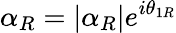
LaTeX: \alpha_{R}=|\alpha_{R}|e^{i\theta_{1R}}